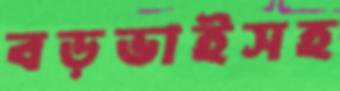
বড়ভাইসহ